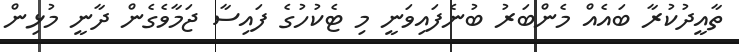
ތާއީދުކުރާ ބައެއް މެންބަރު ބުނެފައިވަނީ މި ޓެކުހުގެ ފައިސާ ޖަމާވެގެން ދާނީ މުޅިން